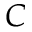
C